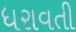
ધરાવતી